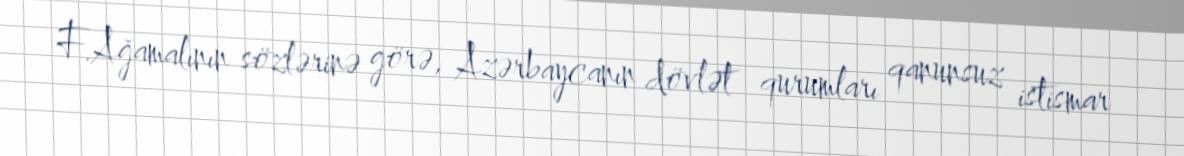
F.Ağamalının sözlərinə görə, Azərbaycanın dövlət qurumları qanunsuz istismar